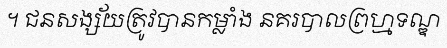
។ ជនសង្ស័យត្រូវបានកម្លាំង នគរបាលព្រហ្មទណ្ឌ